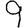
Digit: 9